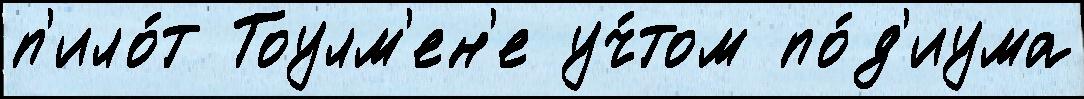
п'ило́т Тоулм'ен'е уч́том по́д'иума